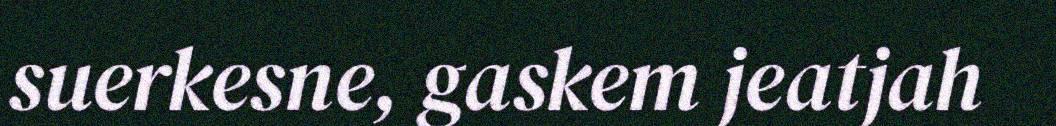
suerkesne, gaskem jeatjah